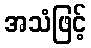
အသံဖြင့်